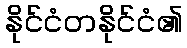
နိုင်ငံတနိုင်ငံ၏